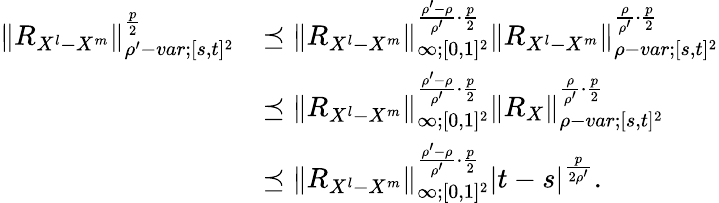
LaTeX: \begin{array}{rl}{{\left\lVert{R_{X^{l}-X^{m}}}\right\rVert}_{\rho^{\prime}-var;[s,t]^{2}}^{\frac{p}{2}}}&{\preceq{\left\lVert{R_{X^{l}-X^{m}}}\right\rVert}_{\infty;[0,1]^{2}}^{\frac{\rho^{\prime}-\rho}{\rho^{\prime}}\cdot\frac{p}{2}}{\left\lVert{R_{X^{l}-X^{m}}}\right\rVert}_{\rho-var;[s,t]^{2}}^{\frac{\rho}{\rho^{\prime}}\cdot\frac{p}{2}}}\\ &{\preceq{\left\lVert{R_{X^{l}-X^{m}}}\right\rVert}_{\infty;[0,1]^{2}}^{\frac{\rho^{\prime}-\rho}{\rho^{\prime}}\cdot\frac{p}{2}}{\left\lVert{R_{X}}\right\rVert}_{\rho-var;[s,t]^{2}}^{\frac{\rho}{\rho^{\prime}}\cdot\frac{p}{2}}}\\ &{\preceq{\left\lVert{R_{X^{l}-X^{m}}}\right\rVert}_{\infty;[0,1]^{2}}^{\frac{\rho^{\prime}-\rho}{\rho^{\prime}}\cdot\frac{p}{2}}\left|t-s\right|^{\frac{p}{2\rho^{\prime}}}.}\end{array}